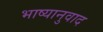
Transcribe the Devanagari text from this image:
भाष्यानुवाद